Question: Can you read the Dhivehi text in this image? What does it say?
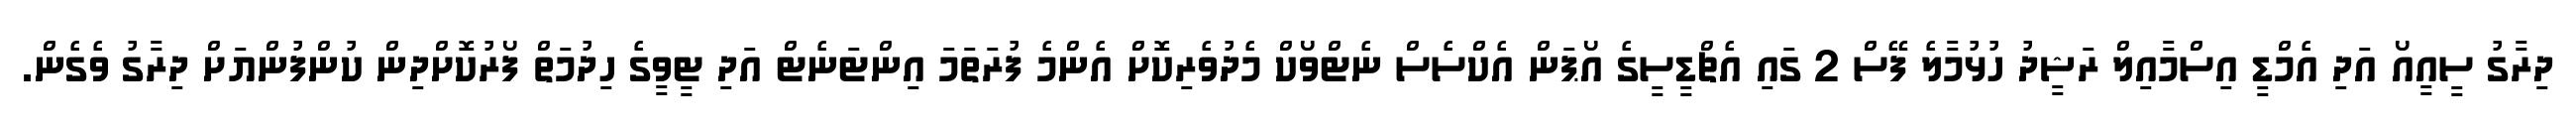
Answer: ދިރާގު ސީއީއޯ އަދި އެމްޑީ އިސްމާއިލް ރަޝީދު ހުޅުމާލެ ފޭސް 2 ގައި އެޗްޑީސީގެ އޯޕަން އެކްސެސް ނެޓްވޯކް މެދުވެރިކޮށް އެންމެ ފުރަތަމަ އިންޓަނެޓް އަދި ޓީވީގެ ހިދުމަތް ފޯރުކޮށްދިން ކުންފުންޔަށް ދިރާގު ވެގެން.